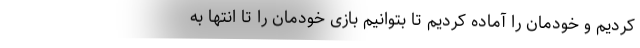
کردیم و خودمان را آماده کردیم تا بتوانیم بازی خودمان را تا انتها به